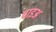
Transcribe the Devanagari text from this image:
पाइअ